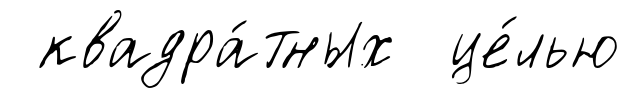
квадра́тных це́лью